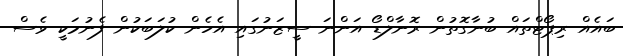
ބައެއް ރިޕޯޓްތައް ބުނާގޮތުން ރޮނާލްޑޯ އަންނަ ސީޒަނުގައި އެހެން ކުލަބަކުން ފެނުމަކީ ވެސް